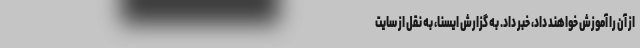
از آن را آموزش خواهند داد، خبر داد. به گزارش ایسنا، به نقل از سایت